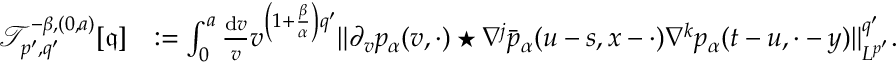
\begin{array} { r l } { \mathcal { T } _ { p ^ { \prime } , q ^ { \prime } } ^ { - \beta , ( 0 , a ) } [ \mathfrak { q } ] } & { : = \int _ { 0 } ^ { a } \frac { \mathrm { d } v } { v } v ^ { \left( 1 + \frac { \beta } { \alpha } \right) q ^ { \prime } } \Vert \partial _ { v } p _ { \alpha } ( v , \cdot ) \star \nabla ^ { j } \bar { p } _ { \alpha } ( u - s , x - \cdot ) \nabla ^ { k } p _ { \alpha } ( t - u , \cdot - y ) \Vert _ { L ^ { p ^ { \prime } } } ^ { q ^ { \prime } } . } \end{array}